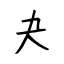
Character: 夬